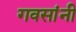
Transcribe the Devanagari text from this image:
गवसांनी